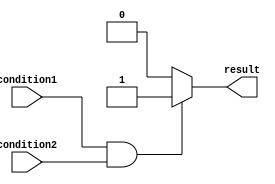
module if_else_example (
    input wire condition1,
    input wire condition2,
    output reg result
);

always @* begin
    if (condition1 && condition2) begin
        result = 1;
    end
    else begin
        result = 0;
    end
end

endmodule